Report on the lunatic asylums under the Government of Bombay - 1904-1913
Year: 1904
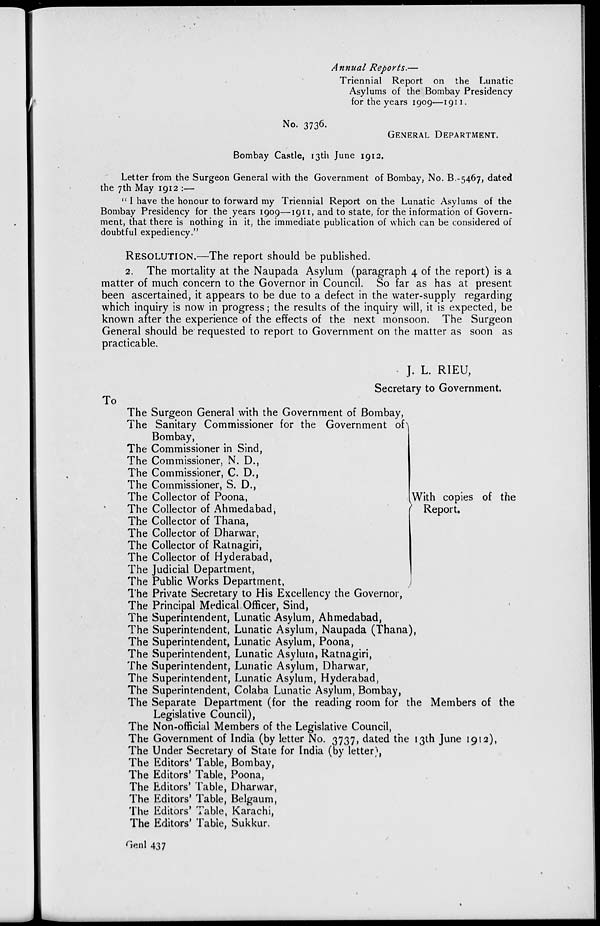
Annual Reports.—
Triennial Report on the Lunatic
Asylums of the Bombay Presidency
for the years 1909—1911.
No. 3736.
GENERAL DEPARTMENT.
Bombay Castle, 13th June 1912.
Letter from the Surgeon General with the Government of Bombay, No. B.-5467, dated
the 7th May 1912 :—
" I have the honour to forward my Triennial Report on the Lunatic Asylums of the
Bombay Presidency for the years 1909—1911, and to state, for the information of Govern-
ment, that there is nothing in it, the immediate publication of which can be considered of
doubtful expediency."
RESOLUTION.—The report should be published.
2. The mortality at the Naupada Asylum (paragraph 4 of the report) is a
matter of much concern to the Governor in Council. So far as has at present
been ascertained, it appears to be due to a defect in the water-supply regarding
which inquiry is now in progress; the results of the inquiry will, it is expected, be
known after the experience of the effects of the next monsoon. The Surgeon
General should be requested to report to Government on the matter as soon as
practicable.
J. L. RIEU,
Secretary to Government.
To
The Surgeon General with the Government of Bombay,
The Sanitary Commissioner for the Government of
Bombay,
The Commissioner in Sind,
The Commissioner, N. D.,
The Commissioner, C. D.,
The Commissioner, S. D.,
The Collector of Poona,
The Collector of Ahmedabad,
The Collector of Thana,
The Collector of Dharwar,
The Collector of Ratnagiri,
The Collector of Hyderabad,
The Judicial Department,
The Public Works Department,
With copies of the
Report.
The Private Secretary to His Excellency the Governor,
The Principal Medical Officer, Sind,
The Superintendent, Lunatic Asylum, Ahmedabad,
The Superintendent, Lunatic Asylum, Naupada (Thana),
The Superintendent, Lunatic Asylum, Poona,
The Superintendent, Lunatic Asylum, Ratnagiri,
The Superintendent, Lunatic Asylum, Dharwar,
The Superintendent, Lunatic Asylum, Hyderabad,
The Superintendent, Colaba Lunatic Asylum, Bombay,
The Separate Department (for the reading room for the Members of the
Legislative Council),
The Non-official Members of the Legislative Council,
The Government of India (by letter No. 3737, dated the 13th June 1912),
The Under Secretary of State for India (by letter),
The Editors' Table, Bombay,
The Editors' Table, Poona,
The Editors' Table, Dharwar,
The Editors' Table, Belgaum,
The Editors' Table, Karachi,
The Editors' Table, Sukkur.
Genl 437